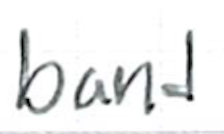
Text: band
Cross-out: clean
Writing tool: ballpoint